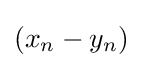
(x_{n}-y_{n})